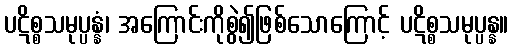
ပဋိစ္စသမုပ္ပန္နံ၊ အကြောင်းကိုစွဲ၍ဖြစ်သောကြောင့် ပဋိစ္စသမုပ္ပန္န။